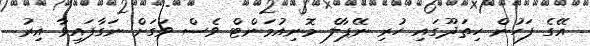
އޭގެ ފަހުން ހިތަދޫގައި ހުރި ނޭޕާލް މޮނިއުމަންޓް ވެސް ވަގަށް ނަގާފައިވާ އިރު